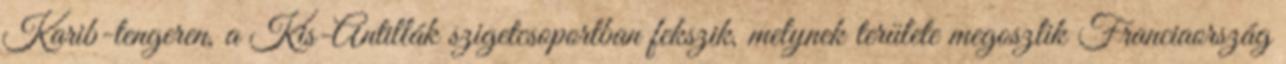
Karib-tengeren, a Kis-Antillák szigetcsoportban fekszik, melynek területe megoszlik Franciaország